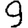
Digit: 9